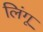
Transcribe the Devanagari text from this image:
लिंगू